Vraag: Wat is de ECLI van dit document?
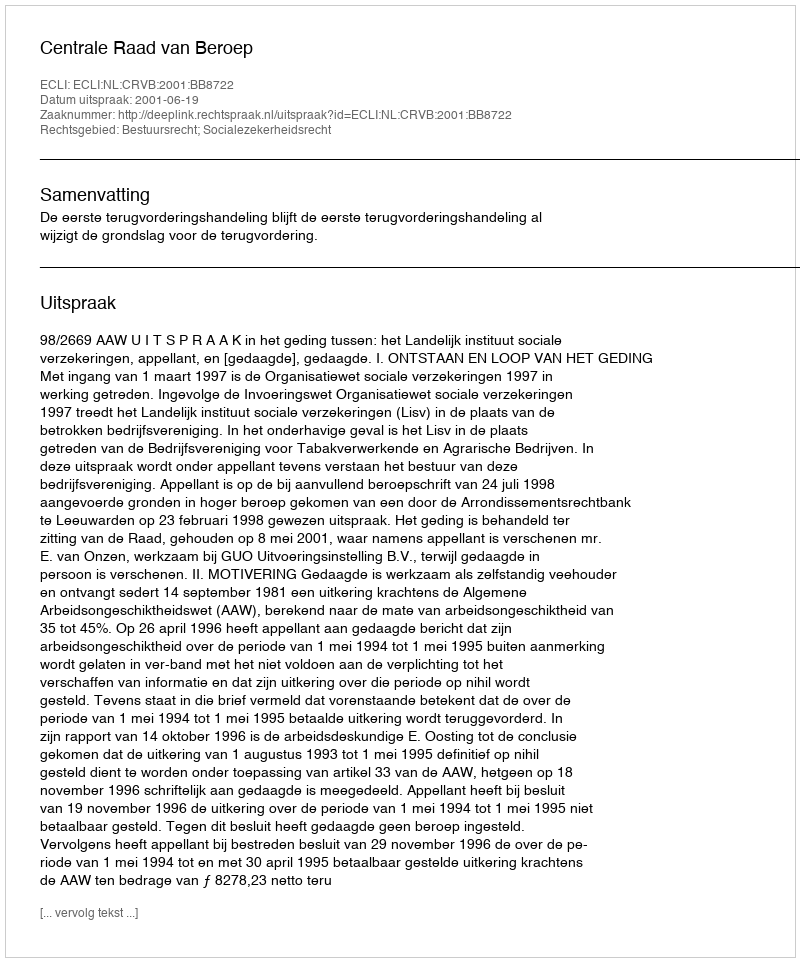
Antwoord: ECLI:NL:CRVB:2001:BB8722